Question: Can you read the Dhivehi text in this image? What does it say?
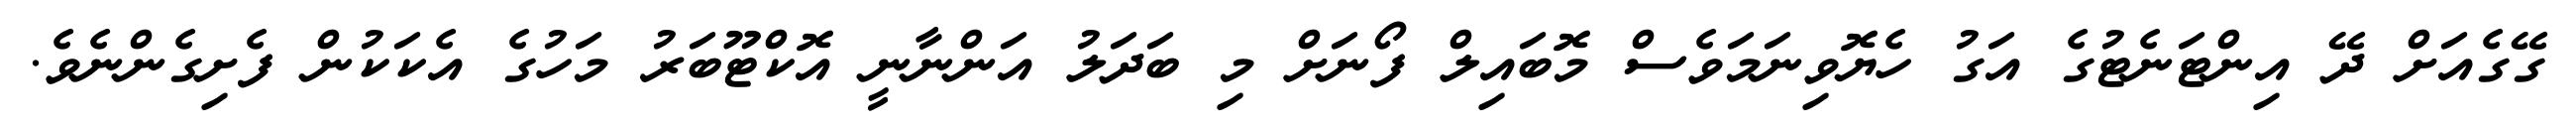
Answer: ގޭގެއަށް ދޭ އިންޓަނެޓުގެ އަގު ހެޔޮވިނަމަވެސް މޮބައިލް ފޯނަށް މި ބަދަލު އަންނާނީ އޮކްޓޫބަރު މަހުގެ އެކަކުން ފެށިގެންނެވެ.